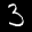
Label: 3